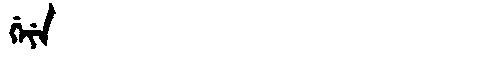
Manchu: ᡤᡝᠶᡝ
Romanization: GEYE